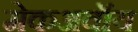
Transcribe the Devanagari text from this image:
मेकअवॉय